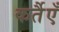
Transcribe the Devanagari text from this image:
कर्तैएँ